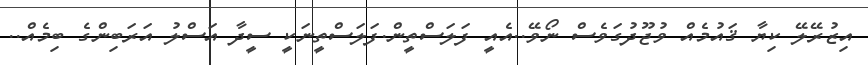
އިޒުރޭލޭ ކިޔާ ޤައުމެއް ވުޖޫދުގަވެސް ނޯވޭ..އެއީ ފަލަސްތީން.ފަލަސްތީނަކީ ސީދާ އަސްލު އަރަބިންގެ ބިމެއް..